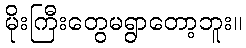
မိုးကြီးတွေမရွာတော့ဘူး။